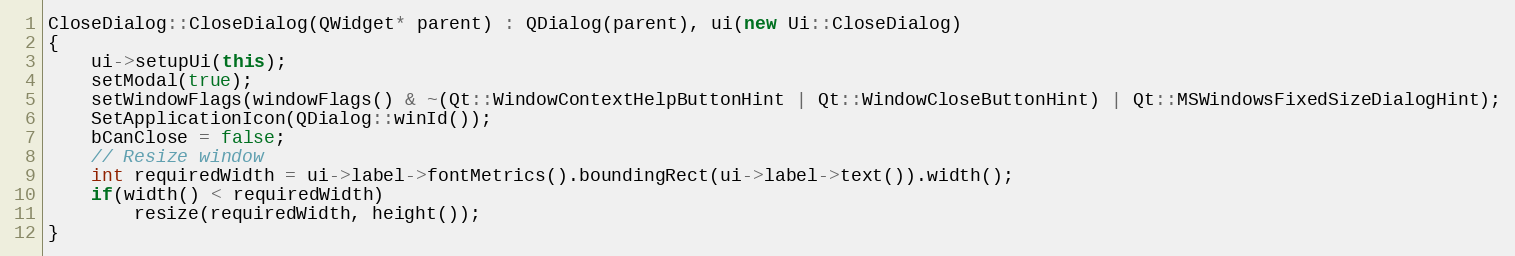
Language: C++
CloseDialog::CloseDialog(QWidget* parent) : QDialog(parent), ui(new Ui::CloseDialog)
{
    ui->setupUi(this);
    setModal(true);
    setWindowFlags(windowFlags() & ~(Qt::WindowContextHelpButtonHint | Qt::WindowCloseButtonHint) | Qt::MSWindowsFixedSizeDialogHint);
    SetApplicationIcon(QDialog::winId());
    bCanClose = false;
    // Resize window
    int requiredWidth = ui->label->fontMetrics().boundingRect(ui->label->text()).width();
    if(width() < requiredWidth)
        resize(requiredWidth, height());
}